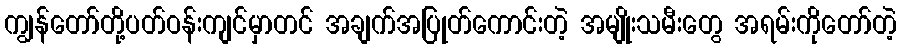
ကျွန်တော်တို့ပတ်ဝန်းကျင်မှာတင် အချက်အပြုတ်ကောင်းတဲ့ အမျိုးသမီးတွေ အရမ်းကိုတော်တဲ့